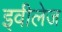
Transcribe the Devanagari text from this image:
इवीलेज